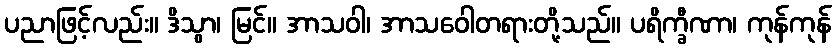
ပညာဖြင့်လည်း။ ဒိသွာ၊ မြင်။ အာသဝါ၊ အာသဝေါတရားတို့သည်။ ပရိက္ခီဏာ၊ ကုန်ကုန်